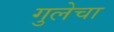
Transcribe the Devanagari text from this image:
गुलेचा